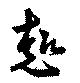
趣